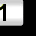
Digit: 1